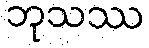
ဘုသဿ